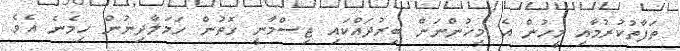
ތަފާތުކުރުމާއި މީހުން އެ މީހުންނަށް ބިރުދައްކައި ޖިސްމާނީ ގޮތުން ހަމަލާދިނުން ހިމެނެ އެވެ.